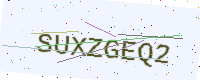
Text: SUXZGEQ2